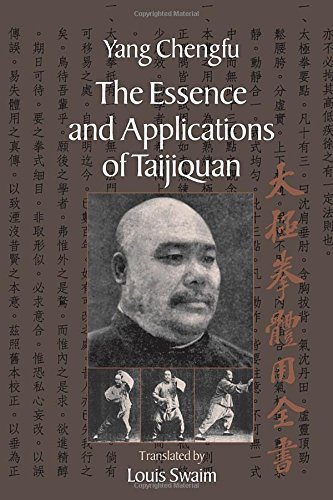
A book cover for The Essence and Applications of Taijiquan; Yang Chengfu; Health, Fitness & Dieting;